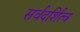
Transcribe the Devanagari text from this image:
सर्वदर्शित्व